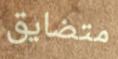
متضايق